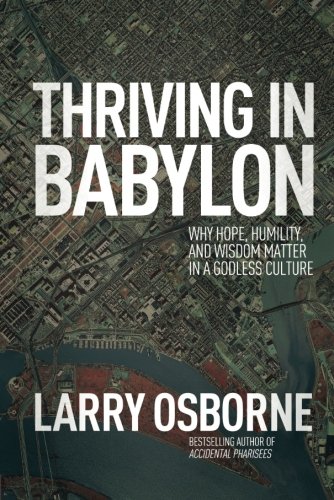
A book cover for Thriving in Babylon: Why Hope, Humility, and Wisdom Matter in a Godless Culture; Larry Osborne; Christian Books & Bibles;